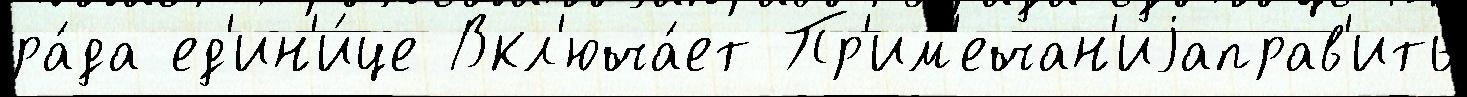
ра́да ед'ин'и́це Вкл'юча́ет Пр'им'ечан'иjаправ'ить